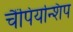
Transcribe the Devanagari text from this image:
चैंपियन्शिप